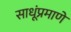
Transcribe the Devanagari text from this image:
साधूंप्रमाणे